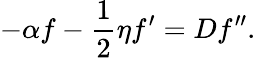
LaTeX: -\alpha f-\frac{1}{2}\eta f^{\prime}=Df^{\prime\prime}.